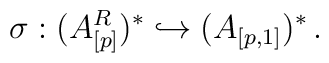
\sigma: (A_{[p]}^R)^* \hookrightarrow (A_{[p,1]})^*\,.